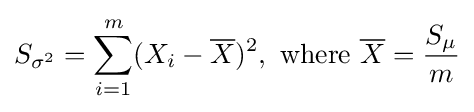
S_{\sigma ^{2}}=\sum _{i=1}^{m}(X_{i}-{\overline {X}})^{2},{\text{ where }}{\overline {X}}={\frac {S_{\mu }}{m}}